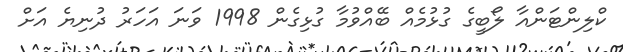
ކްލިންޓަންއާ ލޯބީގެ ގުޅުމެއް ބޭއްވުމާ ގުޅިގެން 1998 ވަނަ އަހަރު ދުނިޔެ އަށް